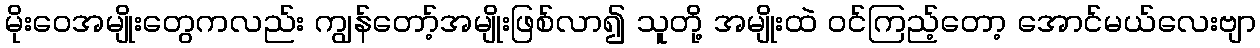
မိုးဝေအမျိုးတွေကလည်း ကျွန်တော့်အမျိုးဖြစ်လာ၍ သူတို့ အမျိုးထဲ ဝင်ကြည့်တော့ အောင်မယ်လေးဗျာ